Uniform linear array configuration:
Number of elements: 8
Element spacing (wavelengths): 1
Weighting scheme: exponential
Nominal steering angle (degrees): -45
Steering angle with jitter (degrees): -45.192
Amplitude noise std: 0.05
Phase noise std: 0.05

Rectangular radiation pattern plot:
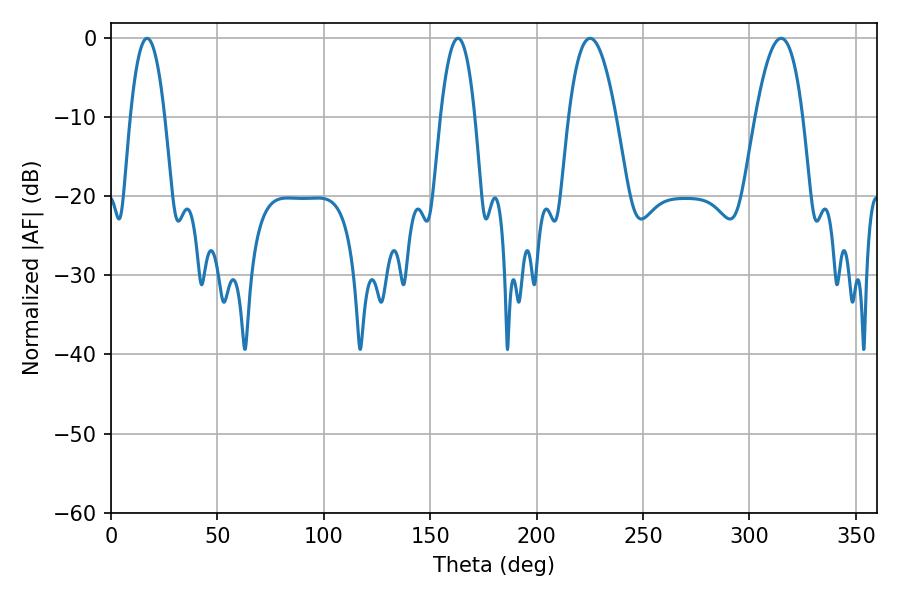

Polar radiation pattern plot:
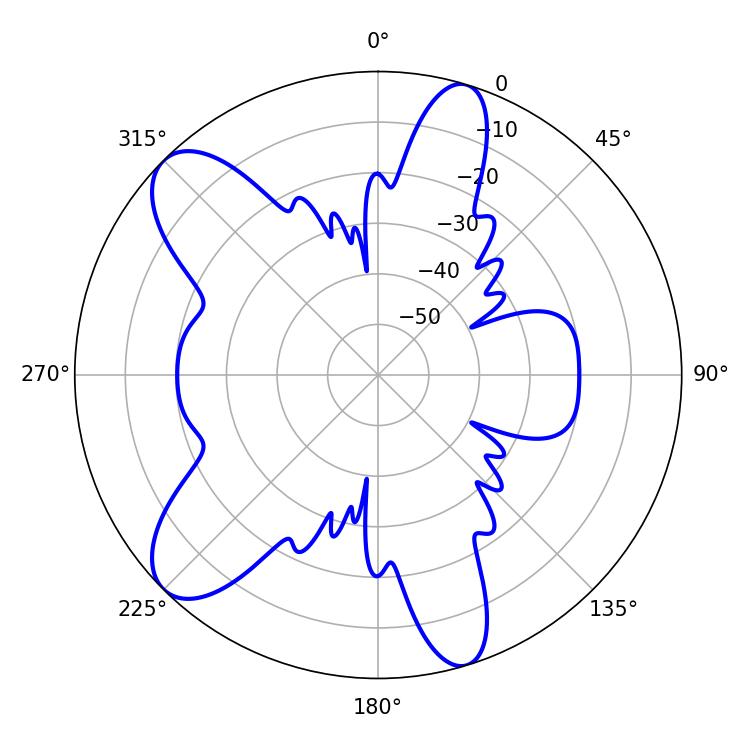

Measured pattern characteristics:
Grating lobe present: TRUE
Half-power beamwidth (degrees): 8.82
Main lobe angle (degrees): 16.92